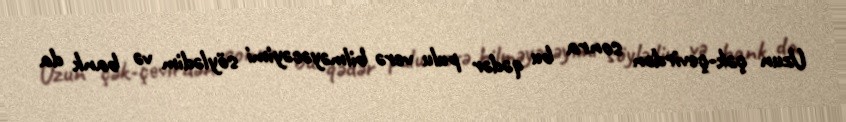
Uzun çək-çevirdən sonra bu qədər pulu verə bilməyəcəyimi söylədim və bank da